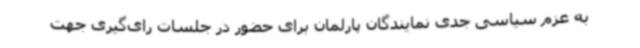
به عزم سیاسی جدی نمایندگان پارلمان برای حضور در جلسات رای‌گیری جهت